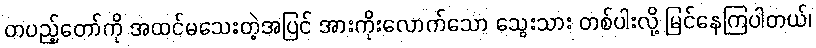
တပည့်တော်ကို အထင်မသေးတဲ့အပြင် အားကိုးလောက်သော သွေးသား တစ်ပါးလို့ မြင်နေကြပါတယ်၊